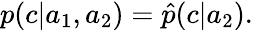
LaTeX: \begin{array}{r}{p(c|a_{1},a_{2})=\hat{p}(c|a_{2}).}\end{array}